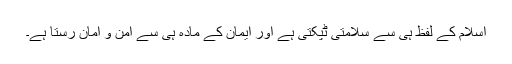
اسلام کے لفظ ہی سے سلامتی ٹپکتی ہے اور ایمان کے مادہ ہی سے امن و امان رستا ہے۔